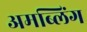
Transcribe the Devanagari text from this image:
अमब्लिंग